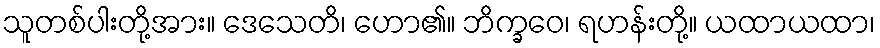
သူတစ်ပါးတို့အား။ ဒေသေတိ၊ ဟော၏။ ဘိက္ခဝေ၊ ရဟန်းတို့။ ယထာယထာ၊